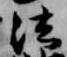
法